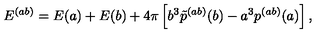
E ^ { ( a b ) } = E ( a ) + E ( b ) + 4 \pi \left[ b ^ { 3 } \tilde { p } ^ { ( a b ) } ( b ) - a ^ { 3 } p ^ { ( a b ) } ( a ) \right] ,